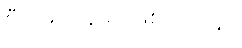
စီးမျောနေဆဲ ဖြစ်ပါတယ်။